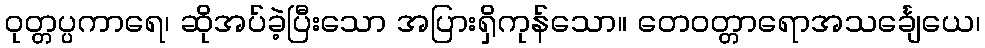
ဝုတ္တပ္ပကာရေ၊ ဆိုအပ်ခဲ့ပြီးသော အပြားရှိကုန်သော။ တေဝတ္တာရောအသင်္ချေယေ၊